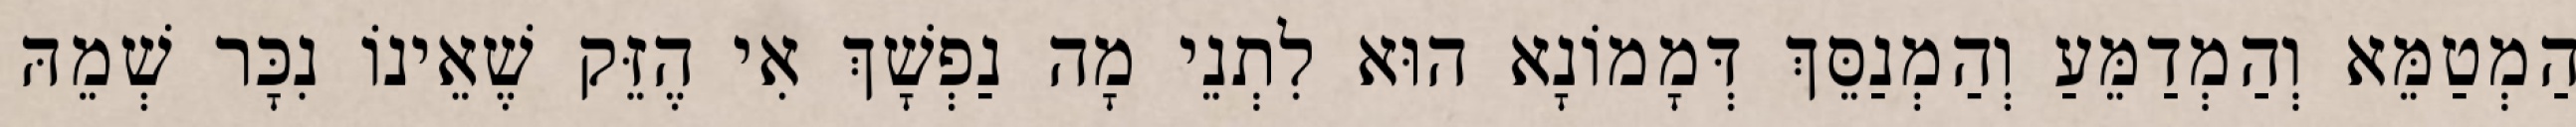
הַמְטַמֵּא וְהַמְדַמֵּעַ וְהַמְנַסֵּךְ דְּמָמוֹנָא הוּא לִתְנֵי מָה נַפְשָׁךְ אִי הֶזֵּק שֶׁאֵינוֹ נִכָּר שְׁמֵהּ